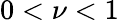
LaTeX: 0<\nu<1